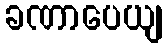
ခဏာပေယျ